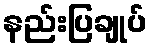
နည်းပြချုပ်